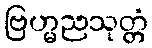
ဗြဟ္မညသုတ္တံ